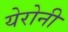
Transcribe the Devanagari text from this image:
येरोनी